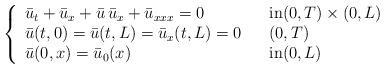
\begin{align*}\left\{\begin{array}[c]{lll}\bar{u}_{t}+\bar{u}_{x}+\bar{u}\, \bar{u}_{x}+\bar{u}_{xxx}=0 & & \text{in}( 0,T) \times( 0,L) \\\bar{u}( t,0) =\bar{u}( t,L) =\bar{u}_{x}(t,L) =0 & & ( 0,T) \\\bar{u}( 0,x) =\bar{u}_{0}( x) & & \text{in}( 0,L) \end{array}\right. \end{align*}